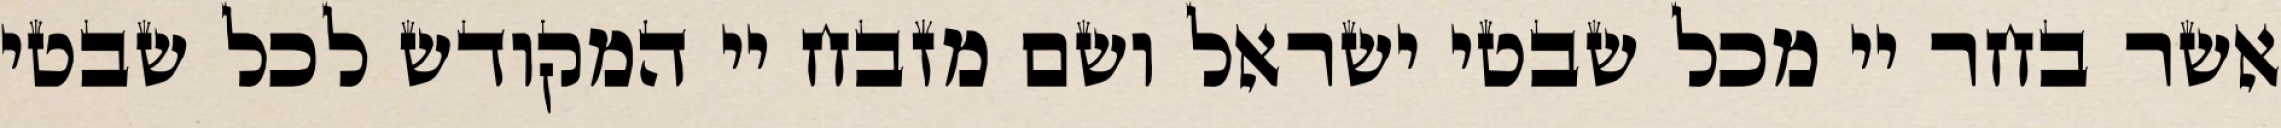
אשר בחר יי מכל שבטי ישראל ושם מזבח יי המקודש לכל שבטי